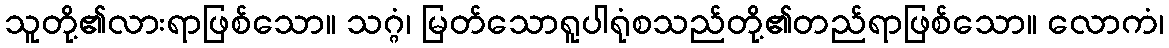
သူတို့၏လားရာဖြစ်သော။ သဂ္ဂံ၊ မြတ်သောရူပါရုံစသည်တို့၏တည်ရာဖြစ်သော။ လောကံ၊